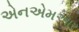
એનએમઆર